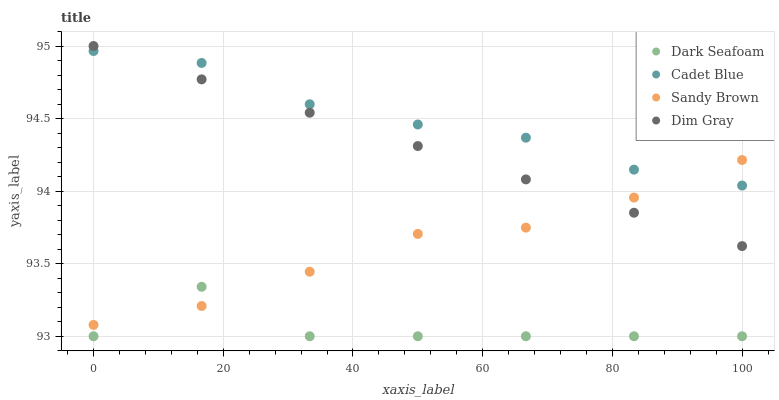
| xaxis_label | Dark Seafoam | Cadet Blue | Sandy Brown | Dim Gray |
 | --- | --- | --- | --- | --- |
 | 0 | 93 | 95 | 93.1 | 95 |
 | 16.7 | 93.3 | 94.9 | 93.2 | 94.8 |
 | 33.3 | 93 | 94.6 | 93.4 | 94.5 |
 | 50 | 93 | 94.5 | 93.7 | 94.3 |
 | 66.7 | 93 | 94.4 | 93.7 | 94.1 |
 | 83.3 | 93 | 94.1 | 94 | 93.9 |
 | 100 | 93 | 94 | 94.2 | 93.6 |